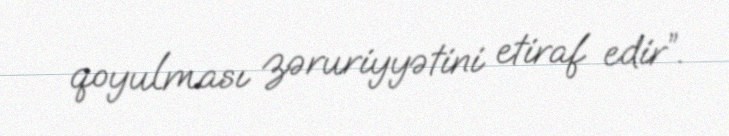
qoyulması zəruriyyətini etiraf edir”.